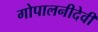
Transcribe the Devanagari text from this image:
गोपालनीदेवी